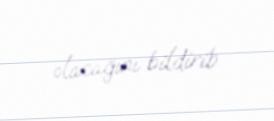
olacağını bildirib.